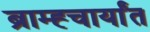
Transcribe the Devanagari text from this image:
ब्राम्ह्चार्यांत